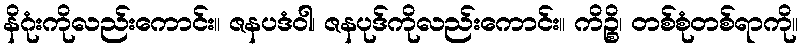
နိဂုံးကိုလည်းကောင်း။ ဇနပဒံဝါ၊ ဇနပုဒ်ကိုလည်းကောင်း။ ကိဉ္စိ၊ တစ်စုံတစ်ရာကို။